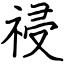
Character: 祲